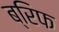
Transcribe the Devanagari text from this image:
ब्रिफ